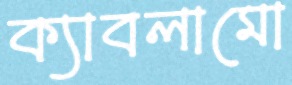
ক্যাবলামো